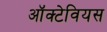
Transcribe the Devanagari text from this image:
ऑक्टेवियस